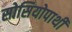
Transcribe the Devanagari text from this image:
सोसियोपाथी